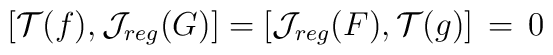
[{\cal T}(f),{\cal J}_{reg}(G)]=[{\cal J}_{reg}(F),{\cal T}(g)]\,=\,0